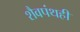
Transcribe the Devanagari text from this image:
शैवपंथही